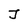
Character: J